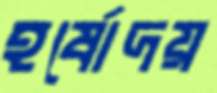
হর্ষোদয়